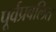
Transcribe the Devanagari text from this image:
पूर्वप्रबलित